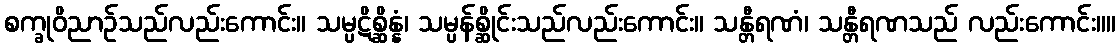
စက္ခုဝိညာဉ်သည်လည်းကောင်း။ သမ္ပဋိစ္ဆိန္နံ၊ သမ္ပန်စ္ဆိုင်းသည်လည်းကောင်း။ သန္တီရဏံ၊ သန္တီရဏသည် လည်းကောင်း။။